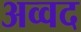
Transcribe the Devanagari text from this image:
अव्वद